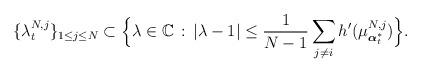
LaTeX: \begin{align*}\{\lambda_{t}^{N,j}\}_{1\leq j\leq N}\subset \Big\{\lambda\in\mathbb C\,:\,\left|\lambda-1\right|\leq \frac{1}{N-1}\sum_{j\not =i} h'(\mu^{N,j}_{\boldsymbol{\alpha}^*_t}) \Big\}.\end{align*}